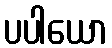
ပပါယော